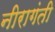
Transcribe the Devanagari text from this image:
नीरागंती